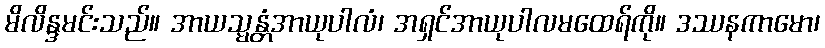
မိလိန္ဒမင်းသည်။ အာယသ္မန္တံအာယုပါလံ၊ အရှင်အာယုပါလမထေရ်ကို။ ဒဿနကာမော၊